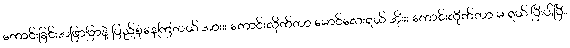
ကောင်းခြင်းအဖြာဖြာနဲ့ ပြည့်စုံနေကြတယ် အားးး ကောင်းလိုက်တာ မောင်လေးရယ် အိုးးး ကောင်းလိုက်တာ မ ရယ် ပြီးပါပြီ။